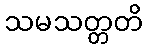
သမသတ္တတိ